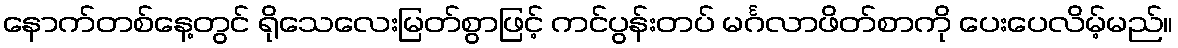
နောက်တစ်နေ့တွင် ရိုသေလေးမြတ်စွာဖြင့် ကင်ပွန်းတပ် မင်္ဂလာဖိတ်စာကို ပေးပေလိမ့်မည်။